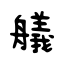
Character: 艤